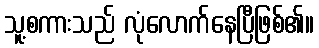
သူ့စကားသည် လုံလောက်နေပြီဖြစ်၏။